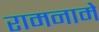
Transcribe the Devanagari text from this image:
रामनामे